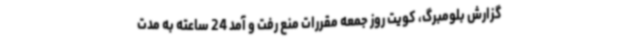
گزارش بلومبرگ، کویت روز جمعه مقررات منع رفت و آمد 24 ساعته به مدت